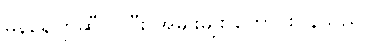
မန်နေဂျာဆီဝင်ပြီး အမျိုးမျိုး တောင်းပန်သည်။